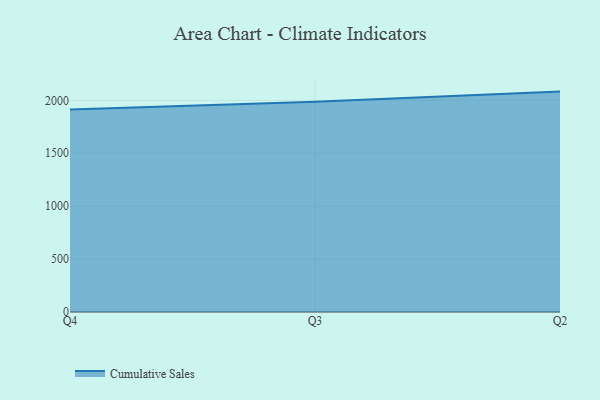
{"axis": {"x": "Quarter", "y": "Website Visitors"}, "legend": ["Cumulative Sales"], "data": [{"x": "Q4", "y": 1914.4, "type": "Cumulative Sales"}, {"x": "Q3", "y": 1986.1, "type": "Cumulative Sales"}, {"x": "Q2", "y": 2082.7, "type": "Cumulative Sales"}]}